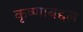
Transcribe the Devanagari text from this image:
कृष्णाबद्दल